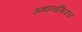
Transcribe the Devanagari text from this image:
अथानासिउस